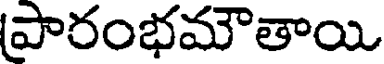
పారంభమౌతాయి